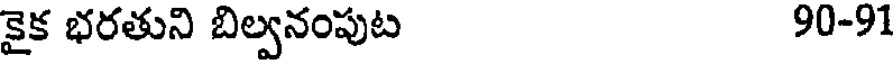
కైక భరతుని బిల్వనంపుట 90-91